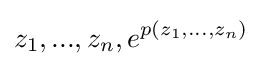
z_{1},...,z_{n},e^{p(z_{1},...,z_{n})}